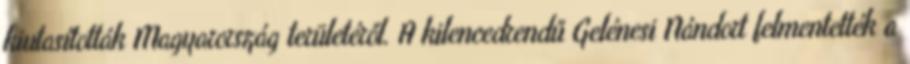
kiutasították Magyarország területéről. A kilencedrendű Gelénesi Nándort felmentették a